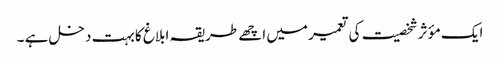
ایک مؤثر شخصیت کی تعمیر میں اچھے طریقہ ابلاغ کا بہت دخل ہے ۔